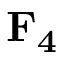
\mathbf { F _ { 4 } }